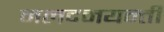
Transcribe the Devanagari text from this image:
नलदमयन्ती